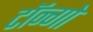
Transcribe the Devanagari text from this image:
टॉन्गो